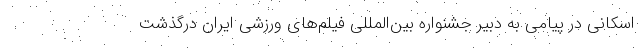
اسکانی در پیامی به دبیر جشنواره بین‌المللی فیلم‌های ورزشی ایران درگذشت